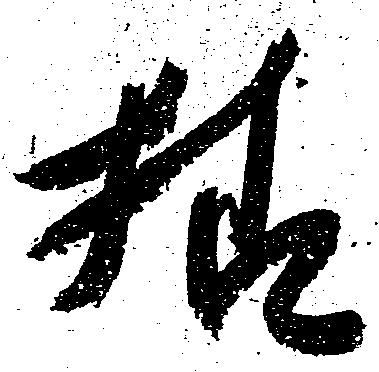
様